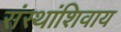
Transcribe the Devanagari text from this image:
संस्थांशिवाय